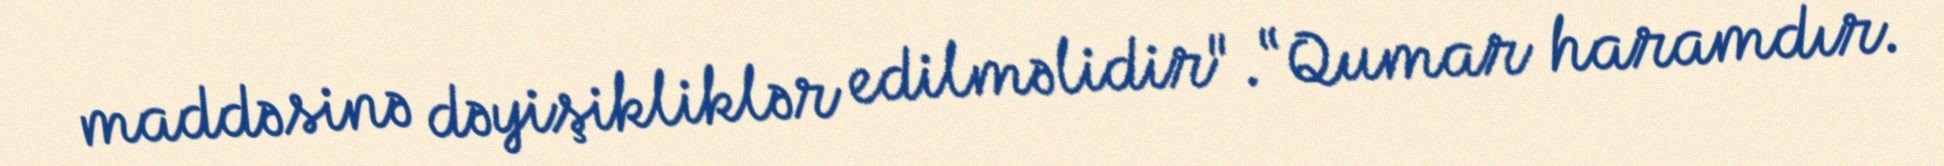
maddəsinə dəyişikliklər edilməlidir".“Qumar haramdır.